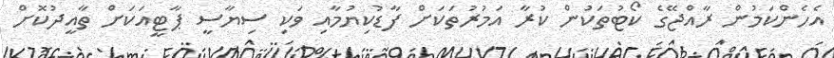
އެހެންކަމުން ރާއްޖޭގެ ކޯޓުތަކުން ކުރާ އަމުރުތަކަށް ފާޑުކިޔުމާއި ވަކި ސިޔާސީ ޕާޓީއަކަށް ތާއީދުކޮށް